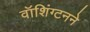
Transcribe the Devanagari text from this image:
वॉशिंग्टनने